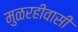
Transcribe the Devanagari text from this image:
मुळरहीवासी